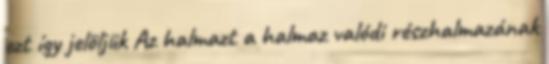
ezt így jelöljük Az halmazt a halmaz valódi részhalmazának